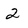
Character: 2